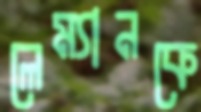
লেম্যানকে